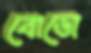
বোডো